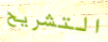
التشريح